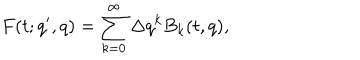
F ( t ; q ^ { \prime } , q ) = \sum _ { k = 0 } ^ { \infty } \Delta q ^ { k } B _ { k } ( t , q ) ,